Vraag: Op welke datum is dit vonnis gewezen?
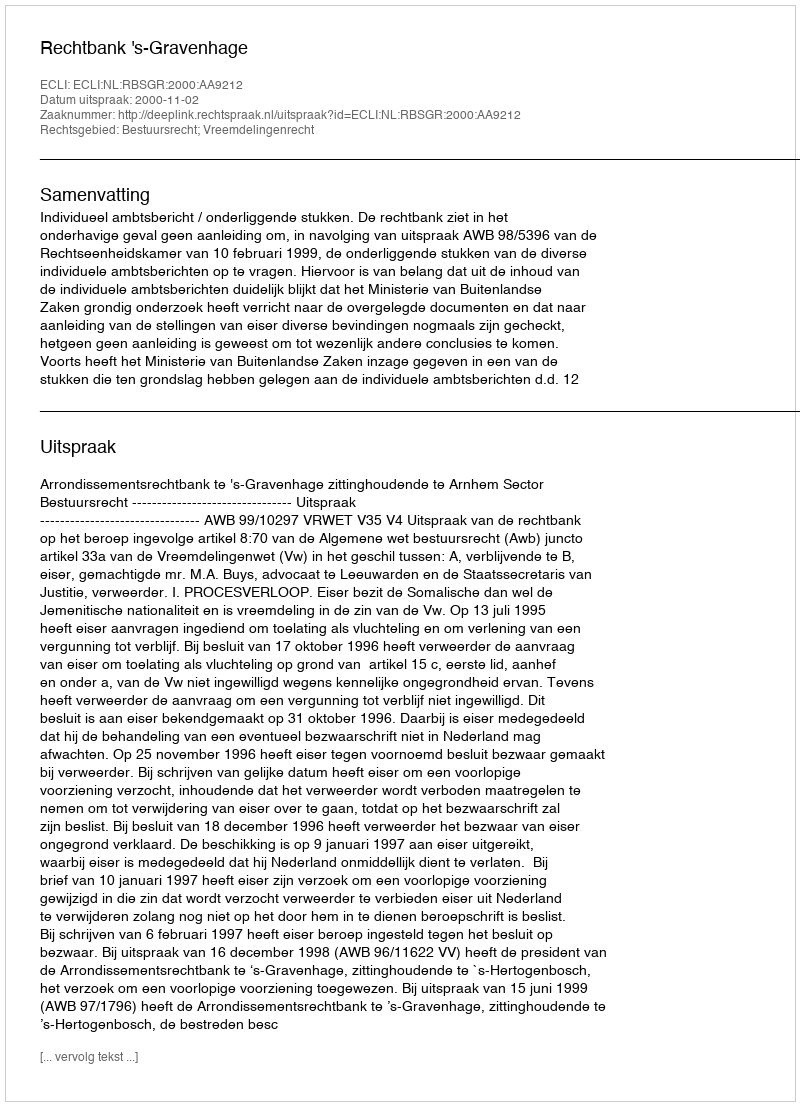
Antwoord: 2000-11-02